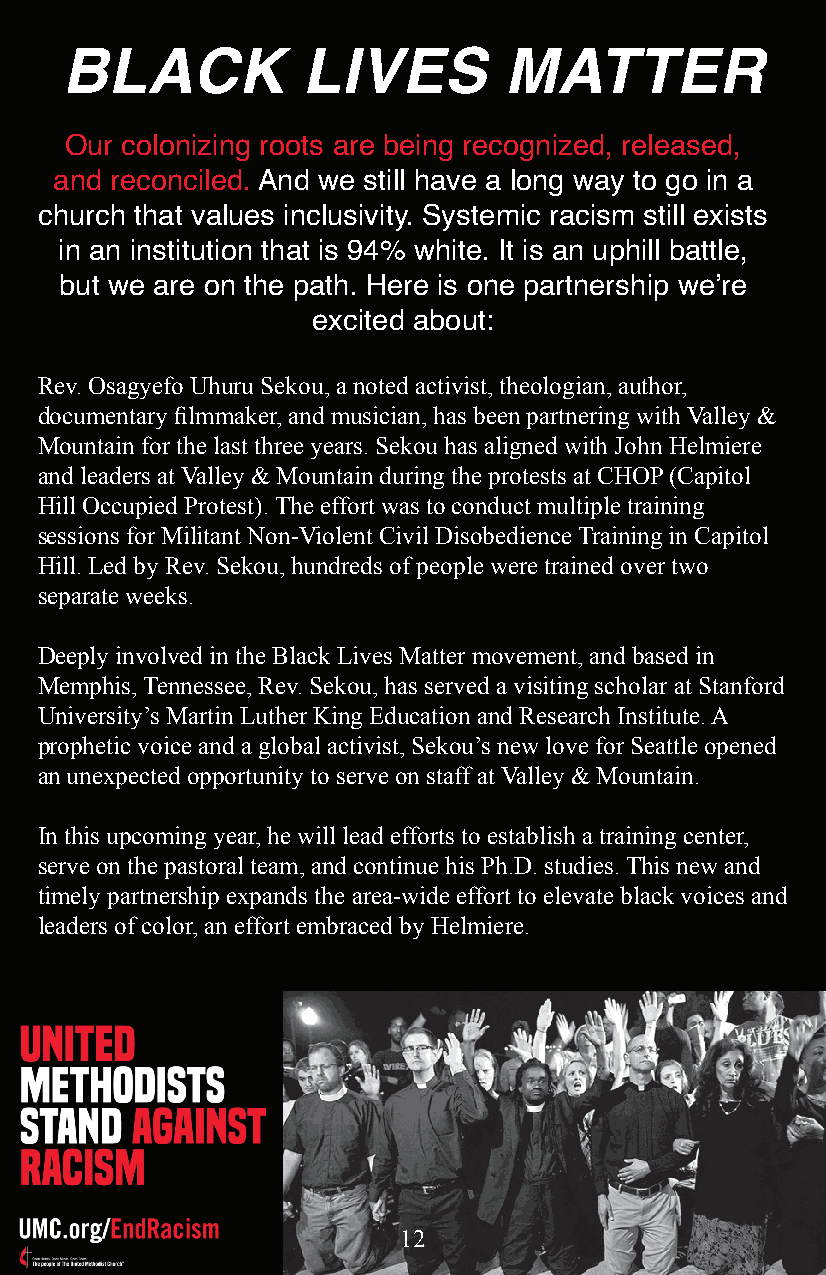
BLACK           LIVES        MATTER
 Our colonizing roots are being recognized, released,
 and reconciled. And we still have a long way to go in a
 church that values inclusivity. Systemic racism still exists
 in an institution that is 94% white. It is an uphill battle,
 but we are on the path. Here is one partnership we’re
 excited about:
 Rev. Osagyefo Uhuru Sekou, a noted activist, theologian, author,
 documentary filmmaker, and musician, has been partnering with Valley &
 Mountain for the last three years. Sekou has aligned with John Helmiere
 and leaders at Valley & Mountain during the protests at CHOP (Capitol
 Hill Occupied Protest). The effort was to conduct multiple training
 sessions for Militant Non-Violent Civil Disobedience Training in Capitol
 Hill. Led by Rev. Sekou, hundreds of people were trained over two
 separate weeks.
 Deeply involved in the Black Lives Matter movement, and based in
 Memphis, Tennessee, Rev. Sekou, has served a visiting scholar at Stanford
 University’s Martin Luther King Education and Research Institute. A
 prophetic voice and a global activist, Sekou’s new love for Seattle opened
 an unexpected opportunity to serve on staff at Valley & Mountain.
 In this upcoming year, he will lead efforts to establish a training center,
 serve on the pastoral team, and continue his Ph.D. studies. This new and
 timely partnership expands the area-wide effort to elevate black voices and
 leaders of color, an effort embraced by Helmiere.
 12